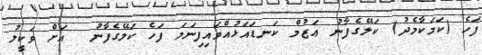
ފަހެ (ކަމަކާމެދު) ކަލޭގެފާނު ޢަޒުމް ކަނޑައަޅުއްވައިފިނަމަ ފަހެ ކަލޭގެފާނު  އަށް ވަކީލު